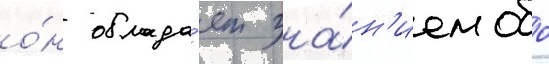
о́н облада́ет зна́н'ием обо